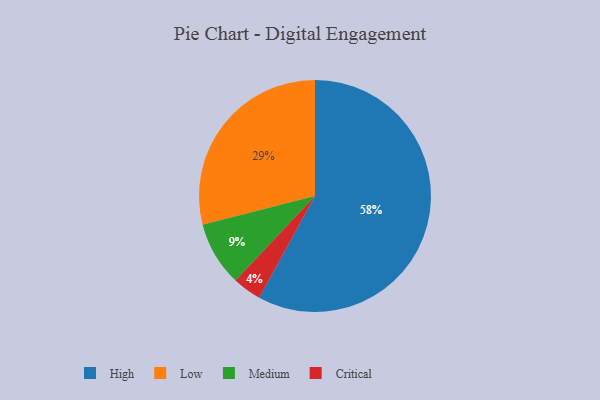
{"axis": {"x": "Category", "y": "Percentage"}, "legend": ["Critical", "High", "Low", "Medium"], "data": [{"x": "High", "y": 58, "type": "High"}, {"x": "Low", "y": 29, "type": "Low"}, {"x": "Critical", "y": 4, "type": "Critical"}, {"x": "Medium", "y": 9, "type": "Medium"}]}